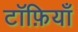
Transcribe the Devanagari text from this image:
टॉफ़ियाँ